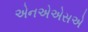
એનએએસએ